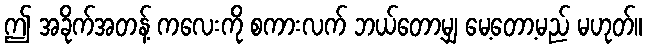
ဤ အခိုက်အတန့် ကလေးကို စကားလက် ဘယ်တော့မျှ မေ့တော့မည် မဟုတ်။